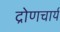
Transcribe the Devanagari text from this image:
द्रोणचार्य